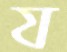
য